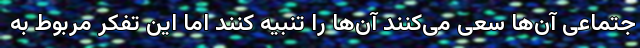
جتماعی آن‌ها سعی می‌کنند آن‌ها را تنبیه کنند اما این تفکر مربوط به